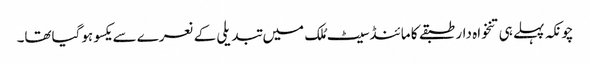
چونکہ پہلے ہی تنخواہ دار طبقے کا مائنڈسیٹ مُلک میں تبدیلی کے نعرے سے یکسو ہوگیاتھا۔